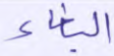
البغاء